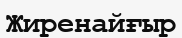
Жиренайғыр